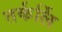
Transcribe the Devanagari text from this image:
तर्कर्लि